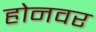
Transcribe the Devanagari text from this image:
होनवर